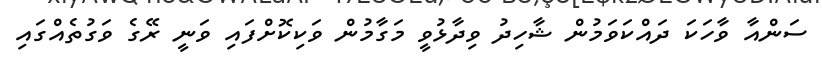
ސަންއާ ވާހަކަ ދައްކަވަމުން ޝާހިދު ވިދާޅުވީ މަގާމުން ވަކިކޮށްފައި ވަނީ ރޭގެ ވަގުތެއްގައި